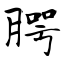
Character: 腭